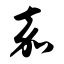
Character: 嘉